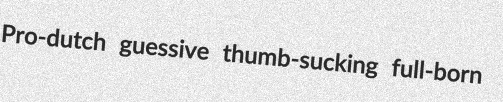
Pro-dutch guessive thumb-sucking full-born